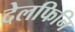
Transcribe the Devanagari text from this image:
देलफिनि